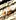
ان